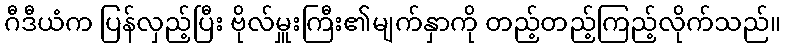
ဂီဒီယံက ပြန်လှည့်ပြီး ဗိုလ်မှူးကြီး၏မျက်နှာကို တည့်တည့်ကြည့်လိုက်သည်။